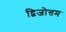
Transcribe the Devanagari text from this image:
द्विजोत्तम